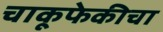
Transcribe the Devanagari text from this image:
चाकूफेकीचा